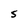
Character: S